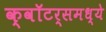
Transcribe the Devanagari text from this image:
क्वॉटर्समध्ये